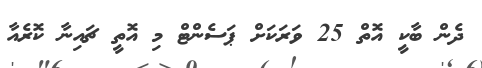
ދެން ބާކީ އޮތް 25 ވަރަކަށް ޕަސެންޓް މި އޮތީ ޗައިނާ ކޮރެއާ